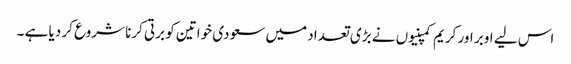
اس لیے اوبر اور کریم کمپنیوں نے بڑی تعداد میں سعودی خواتین کو برتی کرنا شروع کر دیا ہے ۔